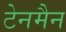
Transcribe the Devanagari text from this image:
टेनमैन